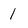
Character: 1